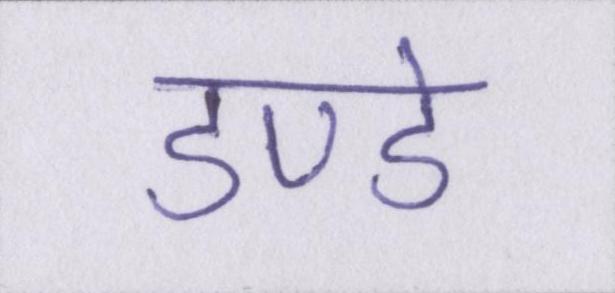
डण्डे